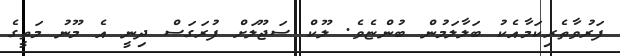
ފަރުވާތެރިކަމާއެކު ބަލާލަމުން ބުންޏެވެ. ލޫކް ސަޖޫލަށް ފުރަގަސް ދިނީ އެ މޫނު މަތީގެ